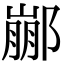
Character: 䣙